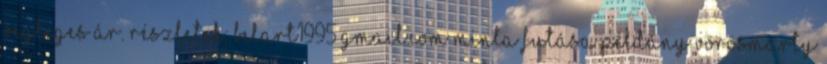
végleges ár. Részletek: belart1995 gmail.com Minta futása példány Vörösmarty